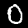
Digit: 0